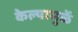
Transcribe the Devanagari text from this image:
केल्यामुळें